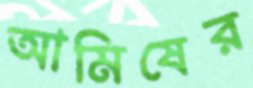
আমিষের